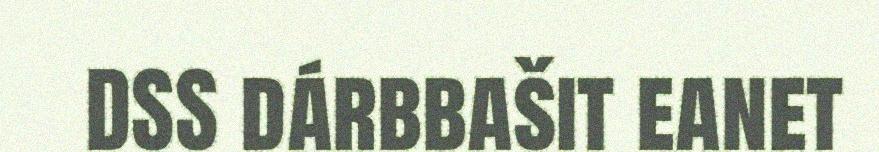
DSS dárbbašit eanet